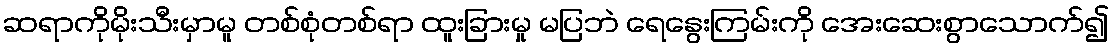
ဆရာကိုမိုးသီးမှာမူ တစ်စုံတစ်ရာ ထူးခြားမှု မပြဘဲ ရေနွေးကြမ်းကို အေးဆေးစွာသောက်၍